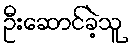
ဦးဆောင်ခဲ့သူ